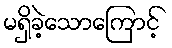
မရှိခဲ့သောကြောင့်